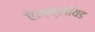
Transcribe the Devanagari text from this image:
ऐल्क्लॉयड